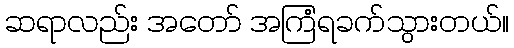
ဆရာလည်း အတော် အကြံရခက်သွားတယ်။